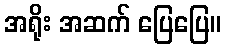
အရိုး အဆက် ပြေပြေ။